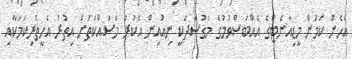
އެހެން ކަމުން މީޑިއާނެޓްގެ އެއްބަސްވުމުގެ މަގުސަދަކީ ނިއުއިން އެކުރާ މަސައްކަތަށް އިތުރު އެހީތެރިކަމަކާއި